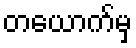
တယောက်မှ